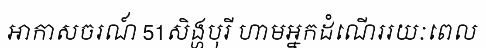
អាកាសចរណ៍ 51សិង្ហបុរី ហាមអ្នកដំណើររយៈពេល